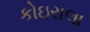
કોઇરાલા